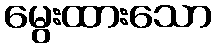
မွေးထားသော